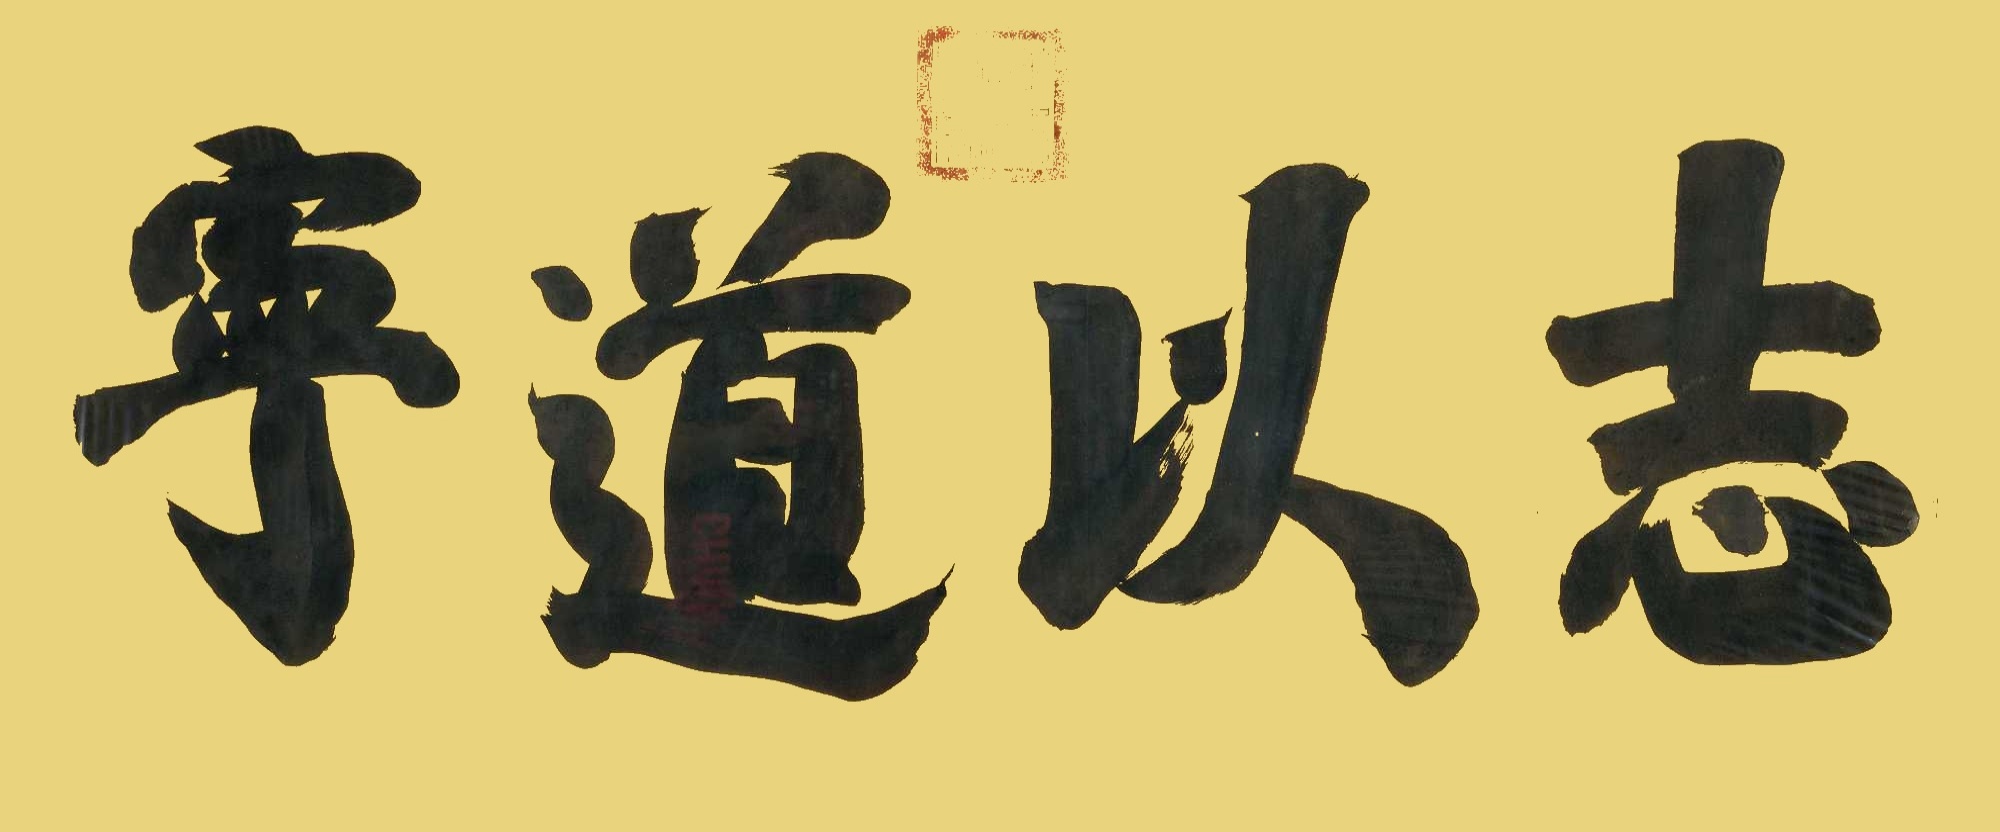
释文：志以道宁